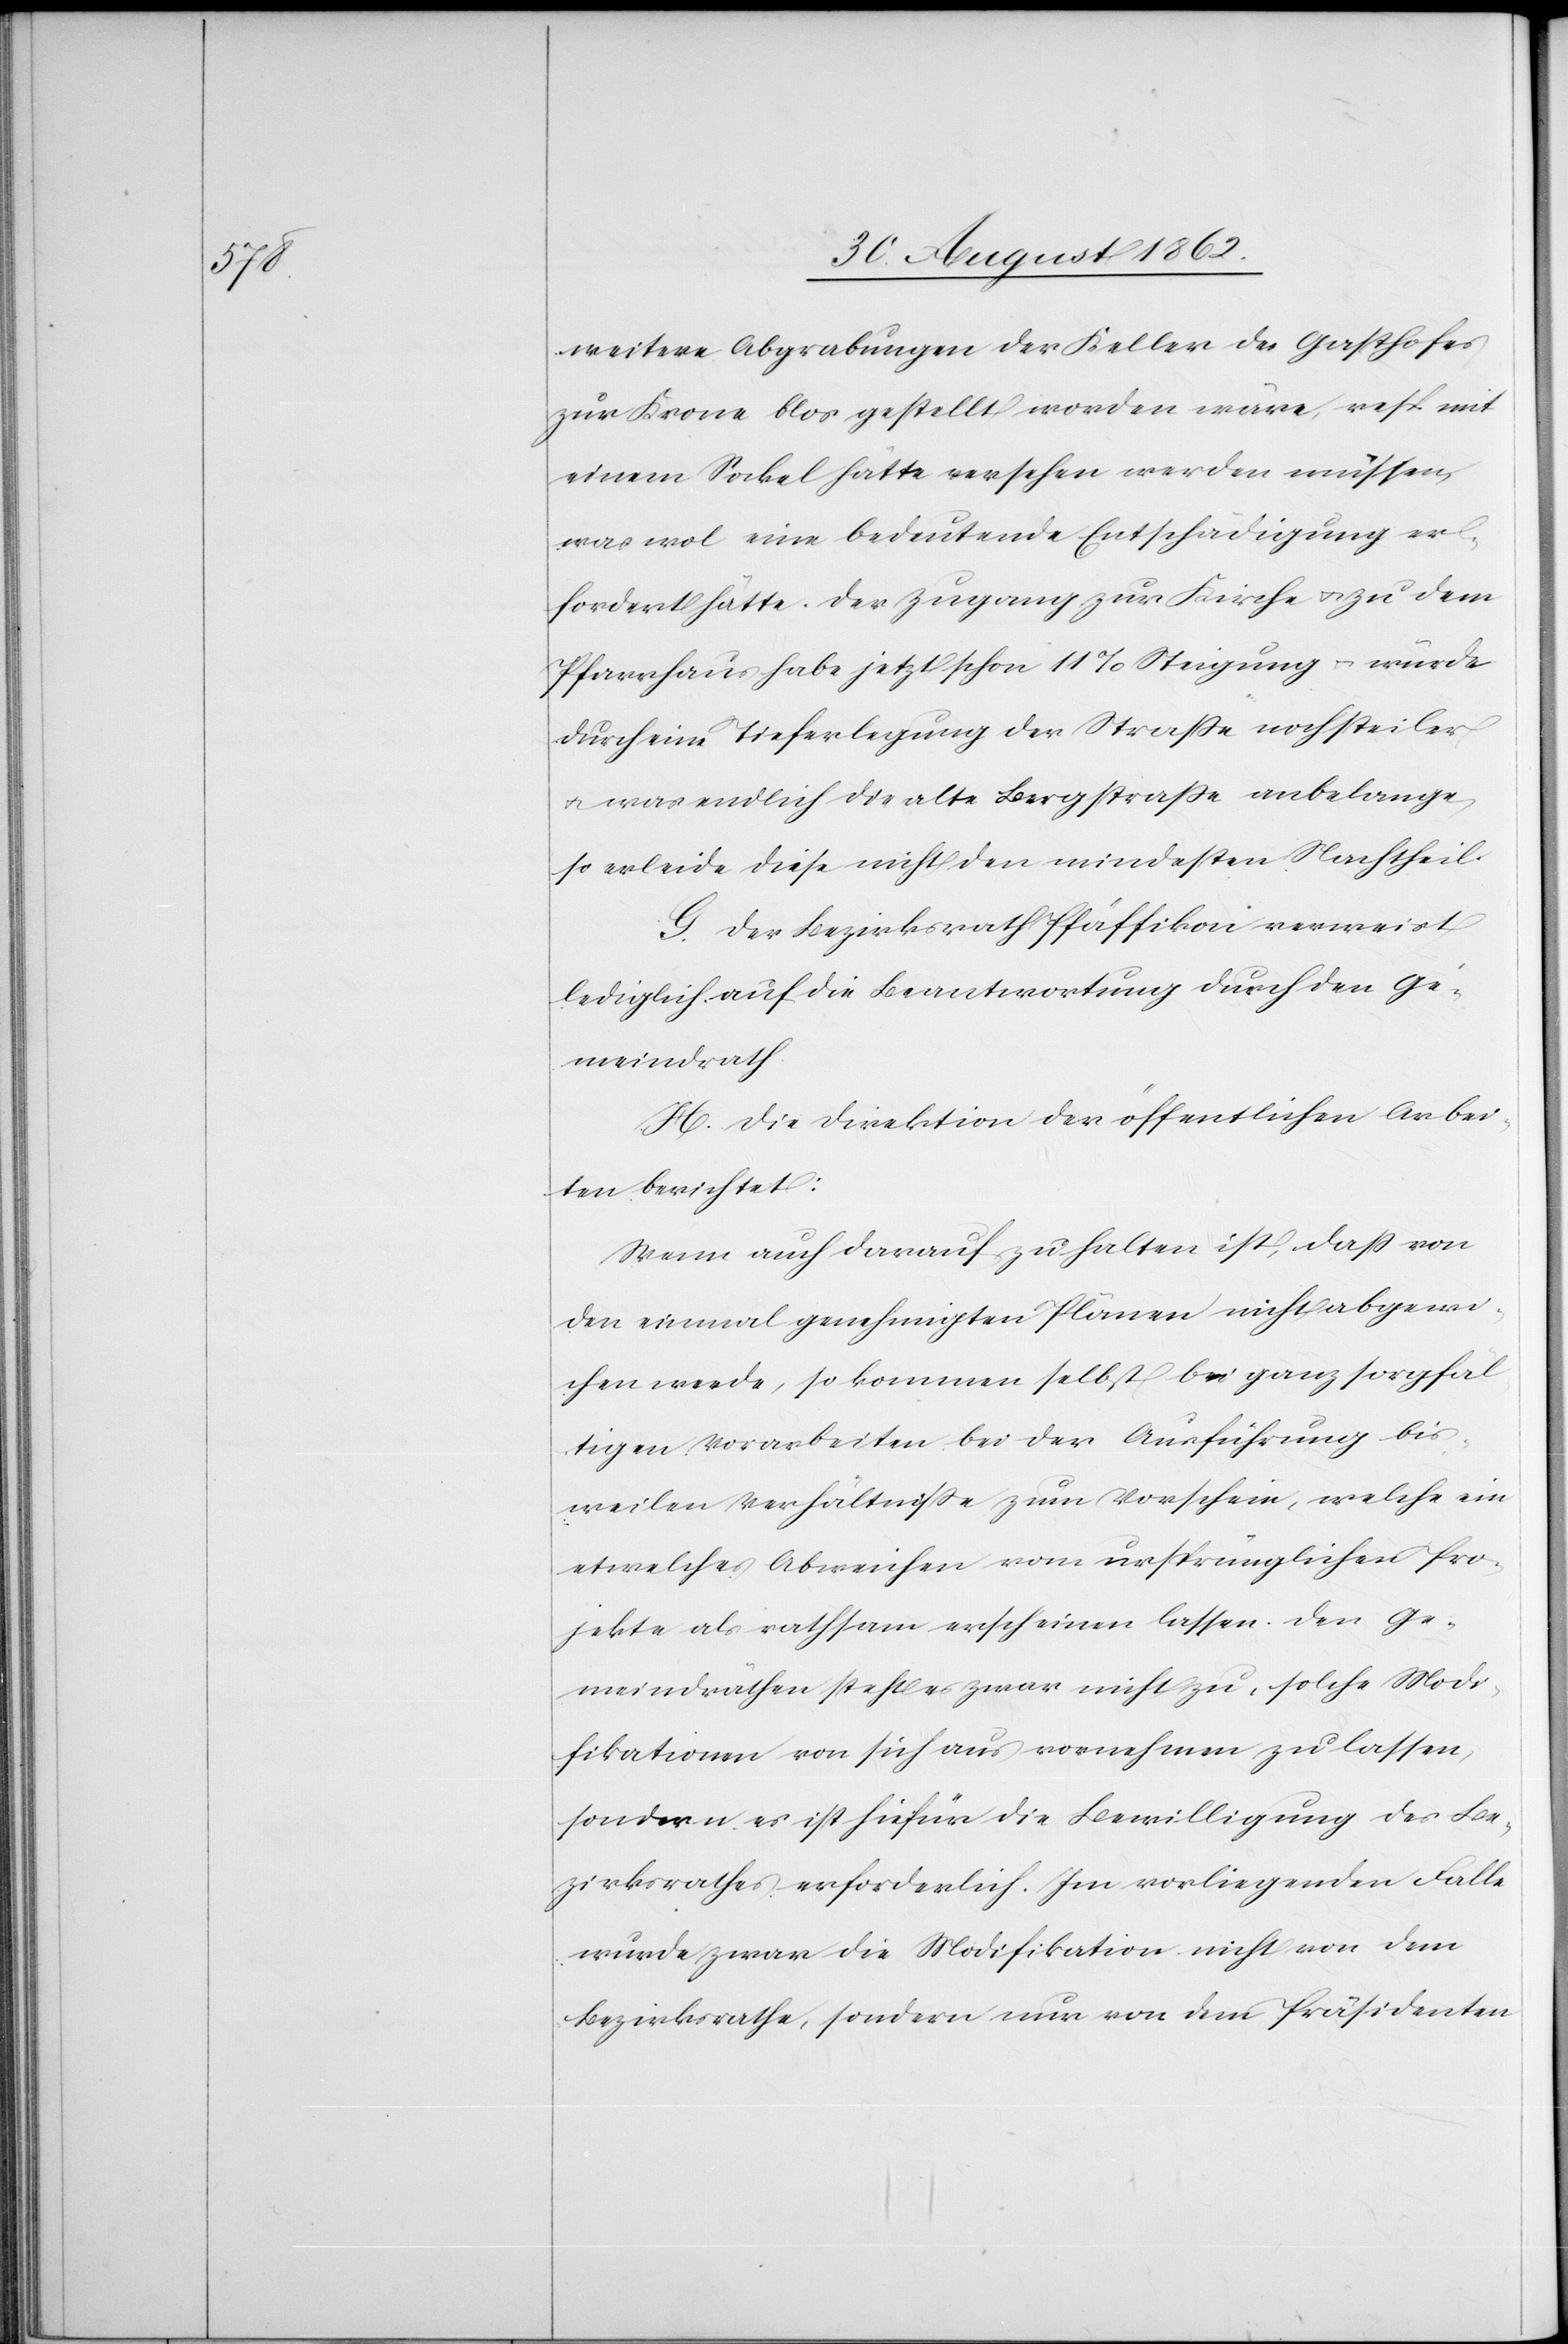
weitere Abgrabungen der Keller des Gasthofes
zur Krone blos gestellt worden wäre, resp. mit
einem Sockel hätte versehen werden müssen,
was wol eine bedeutende Entschädigung er¬
fordert hätte. Der Zugang zur Kirche u. zu dem
Pfarrhaus habe jetzt schon 11% Steigung u. würde
durch eine Tieferlegung der Straße noch steiler
u. was endlich die alte Bergstraße anbelange,
so erleide diese nicht den mindesten Nachtheil.
G. Der Bezirksrath Pfäffikon verweist
lediglich auf die Beantwortung durch den Ge¬
meindrath.
H. Die Direktion der öffentlichen Arbei¬
ten berichtet:
Wenn auch darauf zu halten ist, daß von
den einmal genehmigten Plänen nicht abgewi¬
chen werde, so kommen selbst bei ganz sorgfäl¬
tigen Vorarbeiten bei der Ausführung bis¬
weilen Verhältniße zum Vorschein, welche ein
etwelches Abweichen vom ursprünglichen Pro¬
jekte als rathsam erscheinen lassen. Den Ge¬
meindräthen steht es zwar nicht zu, solche Modi¬
fikationen von sich aus vornehmen zu laßen,
sondern es ist hiefür die Bewilligung des Be¬
zirksrathes erforderlich. Im vorliegenden Falle
wurde zwar die Modifikation nicht von dem
Bezirksrathe, sondern nur von dem Präsidenten